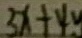
3 x + 4 y